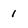
Character: 1